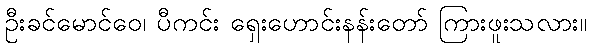
ဦးခင်မောင်ဝေ၊ ပီကင်း ရှေးဟောင်းနန်းတော် ကြားဖူးသလား။